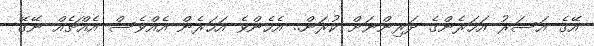
އޭގެ އަސަރު އަހަރެންގެ ދަރިންނަށް ކުރަން.. އެހެންވެ އަހަރެން އެއްވެސް އެއްޗެއް ނޭގޭ